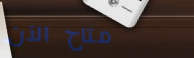
متاح الآن